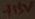
Text: +15V